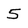
Character: 5